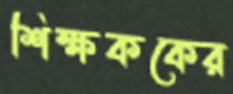
শিক্ষককের